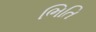
ભિતિ